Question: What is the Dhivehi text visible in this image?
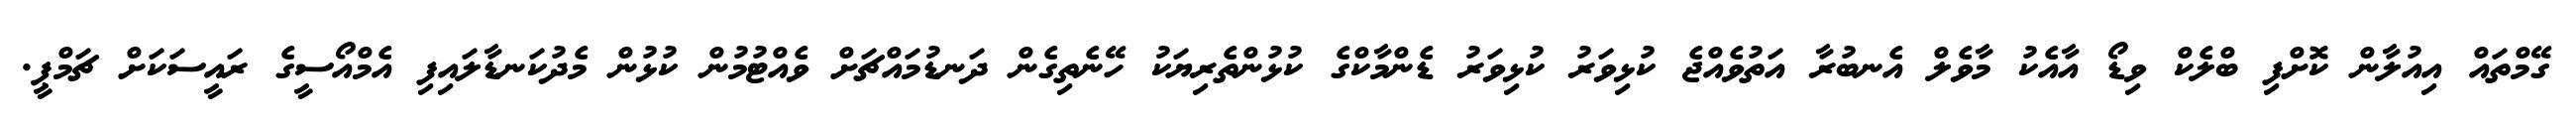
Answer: ގޭމްތައް އިއުލާން ކޮށްފި ބްލެކް ވިޑޯ އާއެކު މާވެލް އެނބުރާ އަތުވެއްޖެ ކުޅިވަރު ކުޅިވަރު ޑެންމާކްގެ ކުޅުންތެރިޔަކު ހޭނެތިގެން ދަނޑުމައްޗަށް ވެއްޓުމުން ކުޅުން މެދުކަނޑާލައިފި އެމްއޯސީގެ ރައީސަކަށް ޗަމްޕީ.